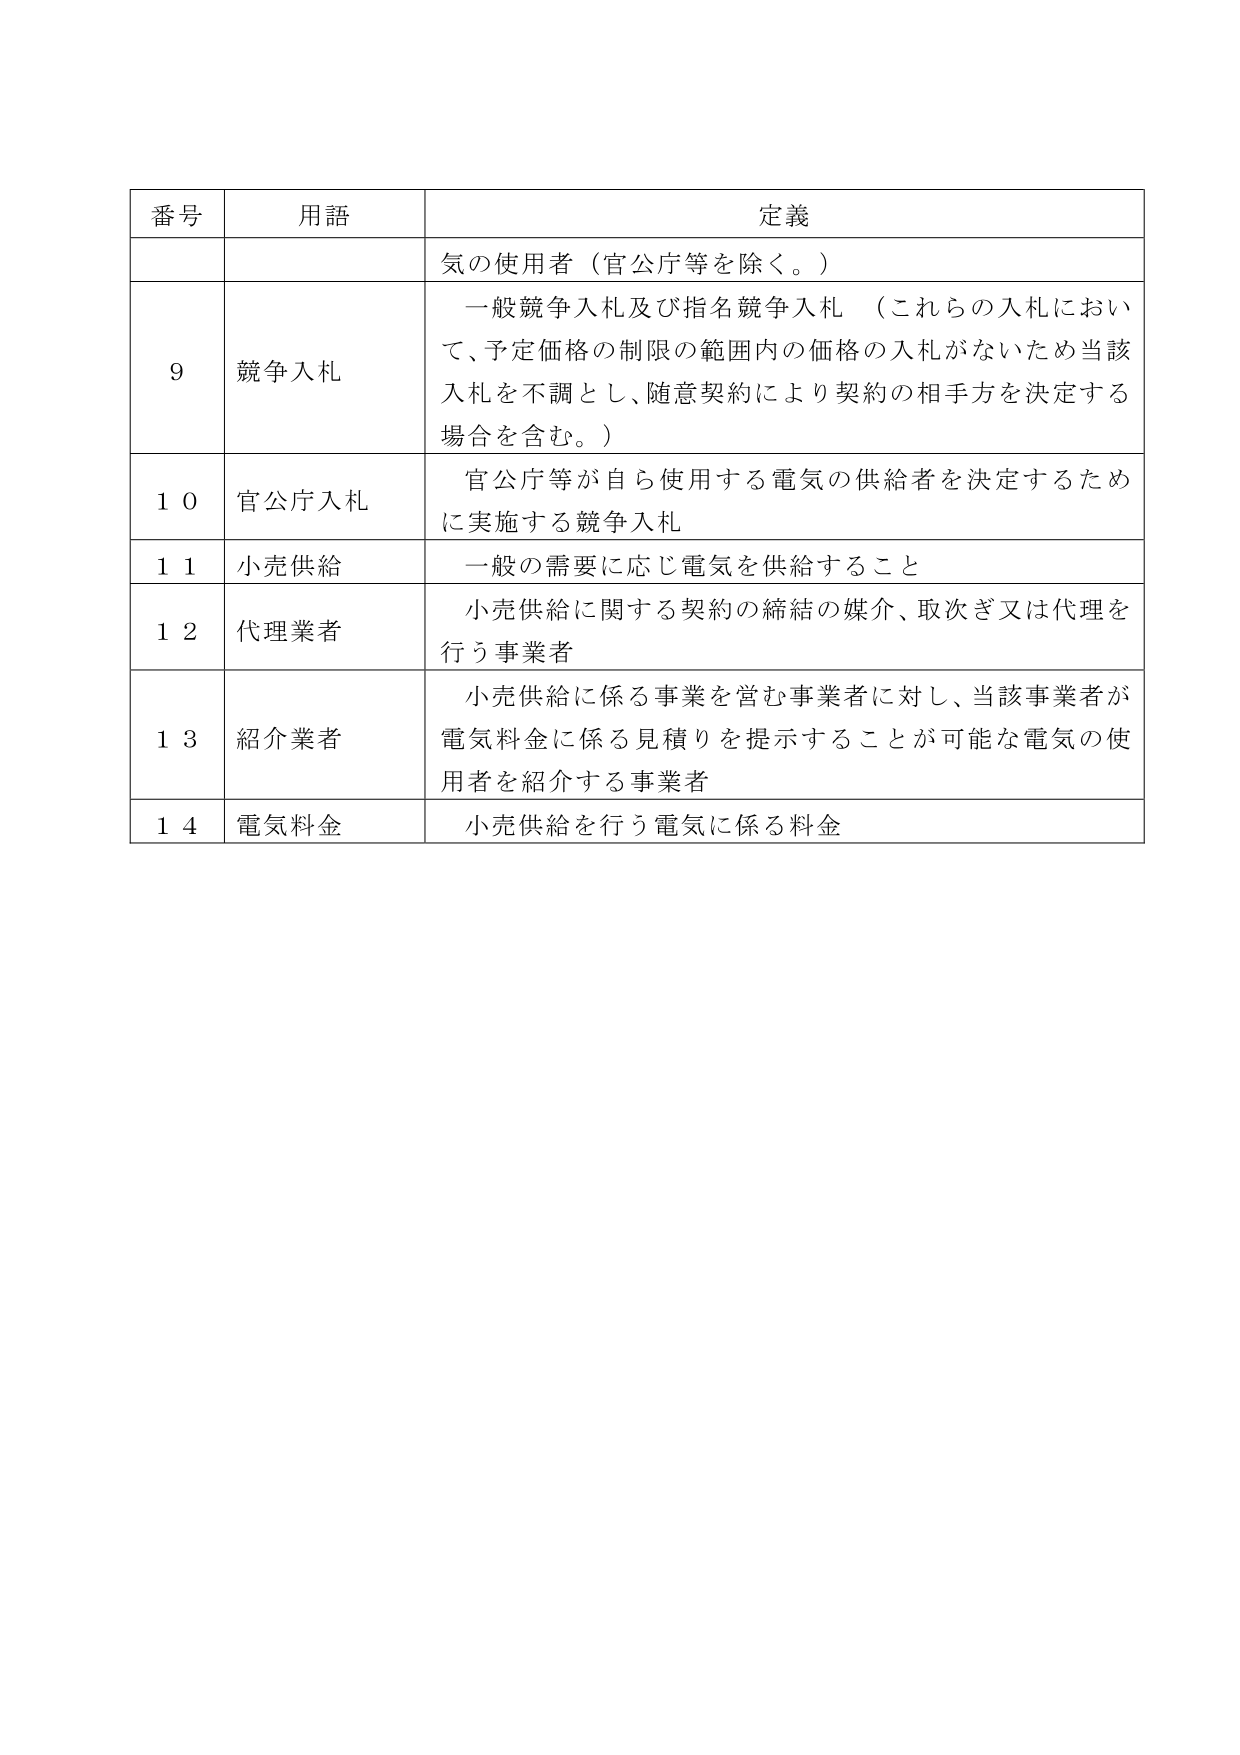
番号 用語 定義
気の使用者（官公庁等を除く。）
9 競争入札 一般競争入札及び指名競争入札 （これらの入札において、予定価格の制限の範囲内の価格の入札がないため当該入札を不調とし、随意契約により契約の相手方を決定する場合を含む。）
10 官公庁入札 官公庁等が自ら使用する電気の供給者を決定するために実施する競争入札
11 小売供給 一般の需要に応じ電気を供給すること
12 代理業者 小売供給に関する契約の締結の媒介、取次ぎ又は代理を行う事業者
13 紹介業者 小売供給に係る事業を営む事業者に対し、当該事業者が電気料金に係る見積りを提示することが可能な電気の使用者を紹介する事業者
14 電気料金 小売供給を行う電気に係る料金